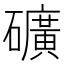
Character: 礦